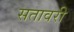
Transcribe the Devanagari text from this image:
सतावरी